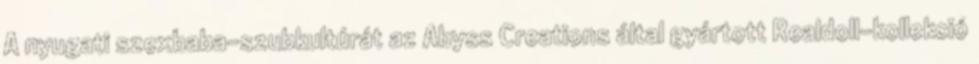
A nyugati szexbaba-szubkultúrát az Abyss Creations által gyártott Realdoll-kollekció